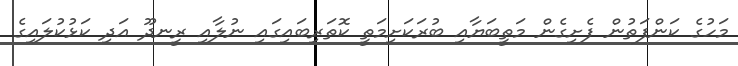
މަހުގެ ކަންފަތުން ފެށިގެން މަތީބަޔާއި ބުރަކަށިމަތީ ކޮތަރިބައިގައި ނުލާއި ރީނދޫ އަދި ކަޅުކުލައިގެ